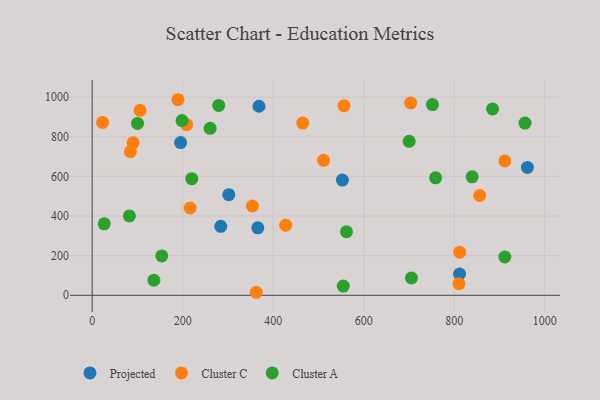
{"axis": {"x": "Study Hours", "y": "Fuel Efficiency"}, "legend": ["Cluster A", "Cluster C", "Projected"], "data": [{"x": "366.0", "y": 340.6, "type": "Projected"}, {"x": "811.7", "y": 107.4, "type": "Projected"}, {"x": "961.5", "y": 645.5, "type": "Projected"}, {"x": "301.8", "y": 507.8, "type": "Projected"}, {"x": "368.6", "y": 954.0, "type": "Projected"}, {"x": "195.4", "y": 770.8, "type": "Projected"}, {"x": "284.1", "y": 347.9, "type": "Projected"}, {"x": "552.8", "y": 581.6, "type": "Projected"}, {"x": "354.0", "y": 450.7, "type": "Cluster C"}, {"x": "189.7", "y": 987.0, "type": "Cluster C"}, {"x": "105.8", "y": 933.6, "type": "Cluster C"}, {"x": "810.3", "y": 58.6, "type": "Cluster C"}, {"x": "23.1", "y": 872.6, "type": "Cluster C"}, {"x": "90.5", "y": 769.9, "type": "Cluster C"}, {"x": "208.7", "y": 861.3, "type": "Cluster C"}, {"x": "812.0", "y": 217.6, "type": "Cluster C"}, {"x": "511.3", "y": 681.4, "type": "Cluster C"}, {"x": "427.6", "y": 354.1, "type": "Cluster C"}, {"x": "84.5", "y": 725.3, "type": "Cluster C"}, {"x": "556.5", "y": 957.1, "type": "Cluster C"}, {"x": "465.2", "y": 869.0, "type": "Cluster C"}, {"x": "216.4", "y": 440.5, "type": "Cluster C"}, {"x": "856.1", "y": 503.5, "type": "Cluster C"}, {"x": "362.6", "y": 15.2, "type": "Cluster C"}, {"x": "703.7", "y": 970.4, "type": "Cluster C"}, {"x": "911.8", "y": 678.3, "type": "Cluster C"}, {"x": "82.3", "y": 400.7, "type": "Cluster A"}, {"x": "705.4", "y": 87.6, "type": "Cluster A"}, {"x": "153.7", "y": 198.8, "type": "Cluster A"}, {"x": "956.2", "y": 869.1, "type": "Cluster A"}, {"x": "136.4", "y": 75.9, "type": "Cluster A"}, {"x": "554.7", "y": 46.4, "type": "Cluster A"}, {"x": "198.5", "y": 881.6, "type": "Cluster A"}, {"x": "700.3", "y": 776.9, "type": "Cluster A"}, {"x": "751.8", "y": 962.6, "type": "Cluster A"}, {"x": "279.6", "y": 958.0, "type": "Cluster A"}, {"x": "26.6", "y": 360.6, "type": "Cluster A"}, {"x": "220.1", "y": 588.7, "type": "Cluster A"}, {"x": "911.7", "y": 193.3, "type": "Cluster A"}, {"x": "839.4", "y": 597.9, "type": "Cluster A"}, {"x": "758.7", "y": 593.0, "type": "Cluster A"}, {"x": "100.2", "y": 867.2, "type": "Cluster A"}, {"x": "884.5", "y": 940.6, "type": "Cluster A"}, {"x": "260.6", "y": 842.6, "type": "Cluster A"}, {"x": "561.8", "y": 320.6, "type": "Cluster A"}]}